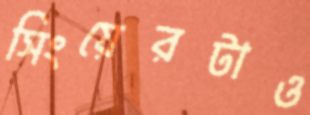
সিংয়েরটাও